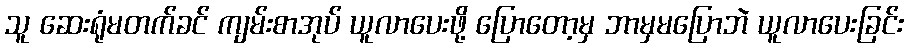
သူ ဆေးရုံမတက်ခင် ကျမ်းစာအုပ် ယူလာပေးဖို့ ပြောတော့မှ ဘာမှမပြောဘဲ ယူလာပေးခြင်း